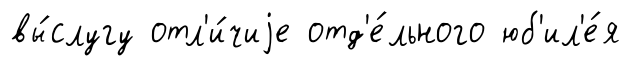
вы́слугу отл'и́чиjе отд'е́льного юб'ил'е́я